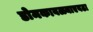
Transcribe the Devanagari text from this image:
डोमकावळ्याएवढा